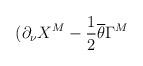
LaTeX: \begin{align*}(\partial_{\nu}X^M-\frac{1}{2}\overline{\theta}\Gamma^M\end{align*}